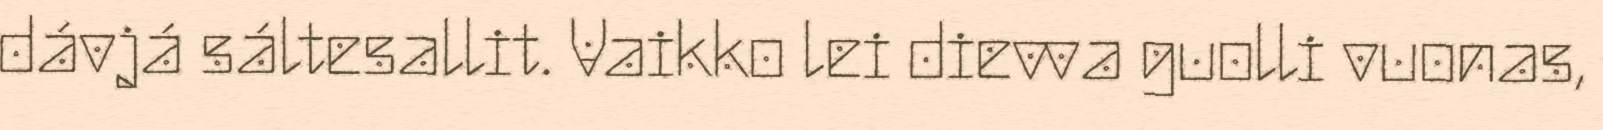
dávjá sáltesallit. Vaikko lei dievva guolli vuonas,